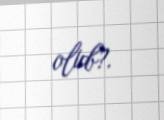
olub?.